system: You are a helpful assistant.
user:
Analyze the provided spectrum to determine if it is a **M-type Giant (gM)**.

A M-type Giant spectrum is defined by its **strong molecular absorption** features, particularly from **Titanium Oxide (TiO)**. You must check for one of the following mutually exclusive signatures:

- **Key Visual Indicators (Absorption-Dominated Spectrum):**

    - **(Primary):** The spectrum is dominated by strong molecular absorption from **Titanium Oxide (TiO)**. This is the **defining feature** of its M-type temperature class.
        - **(Key Bandheads):** Look for sharp, "saw-tooth" absorption valleys. The strongest are located near **~7050 Å**, **~6160 Å**, and **~5170 Å**.
        - **(Line Profile):** The "saw-tooth" morphology is critical: a **sharp, steep drop on the BLUE (short-wavelength) side** of the bandhead, followed by a gradual recovery (rising flux) towards the RED (long-wavelength) side.

    - **(Key Confirmation - Giant vs. Dwarf):** **ABSENCE** of strong **Calcium Hydride (CaH)** molecular bands. This is the primary diagnostic for *excluding* M-dwarfs.
        - **(Key Region):** The spectrum should lack the strong, broad absorption band seen in dwarfs between **~6800 Å and ~7000 Å**.

    - **(Secondary Confirmation - Giant):** A very strong and broad **Neutral Calcium (Ca I)** atomic absorption line.
        - **(Key Line):** Located at **~4226 Å**. In a giant (gM), this line is significantly deeper and broader than the same line in an M-dwarf (dM) due to low surface gravity.

    - **(Overall Spectrum):**
        - The continuum is **extremely red-sloping** (i.e., flux is very low in the blue and rises dramatically towards the red).
        - The entire spectrum appears "chopped up" by the deep TiO bands.

Think first, call **spectral_visualization_tool** if needed to examine features in detail, then provide your final answer. Your response must adhere to the following strict rules:
1.  **Overall Structure:** Your response must follow the format `<think>...</think> <tool_call>...</tool_call> (if a tool is used) <answer>...</answer>`.
2.  **Tool Usage Constraint:** You may only make **one** tool call per turn.
3.  **Final Answer Format:** In the `<answer>` tag, your conclusion must be inside a `\boxed{}` command (e.g., `\boxed{YES}` or `\boxed{NO}`), followed by your justification.

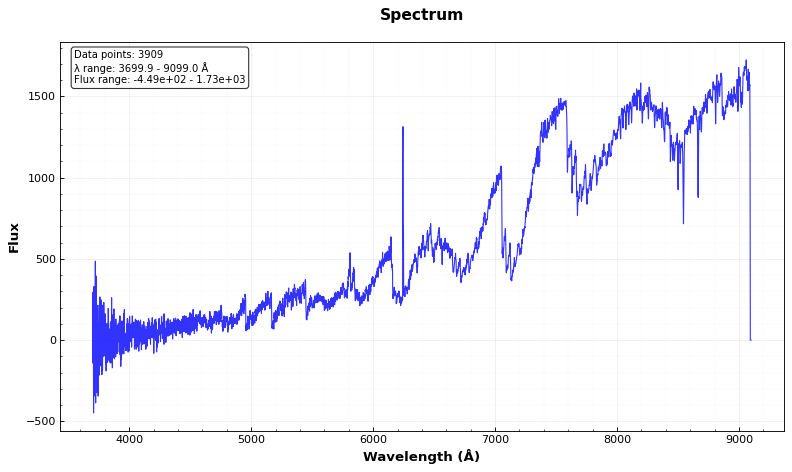
Answer: YES